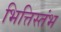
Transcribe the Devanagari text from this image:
भित्तिस्तंभ